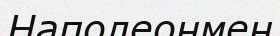
Наполеонмен